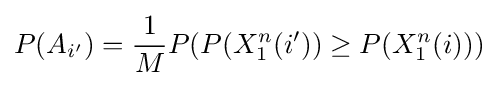
P(A_{i'})={\frac {1}{M}}P(P(X_{1}^{n}(i'))\geq P(X_{1}^{n}(i)))